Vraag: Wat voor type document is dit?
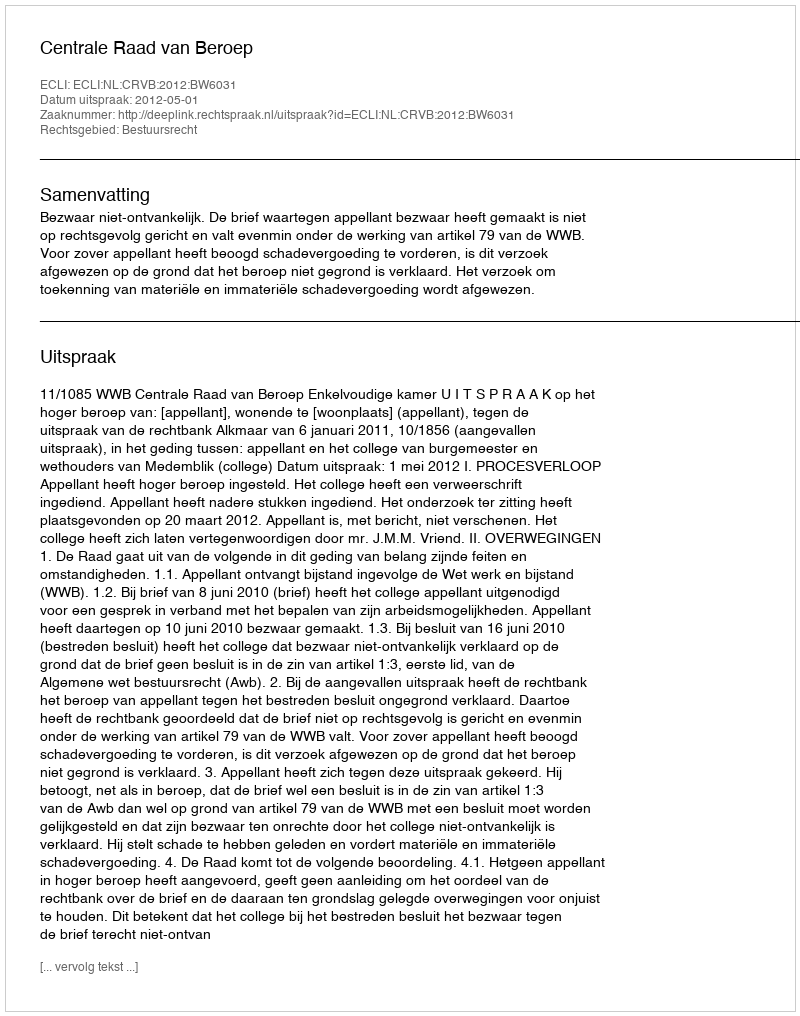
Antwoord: Uitspraak